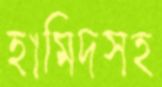
হামিদসহ